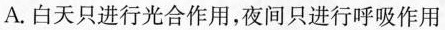
A. 白天只进行光合作用，夜间只进行呼吸作用